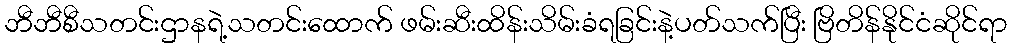
ဘီဘီစီသတင်းဌာနရဲ့သတင်းထောက် ဖမ်းဆီးထိန်းသိမ်းခံရခြင်းနဲ့ပတ်သက်ပြီး ဗြိတိန်နိုင်ငံဆိုင်ရာ